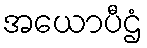
အယောပီဌံ